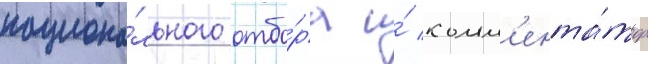
национа́льного отбо́ра и́ комм'ента́тор